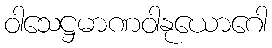
ဝါသေဋ္ဌမာဏဝါနုယောဂေါ